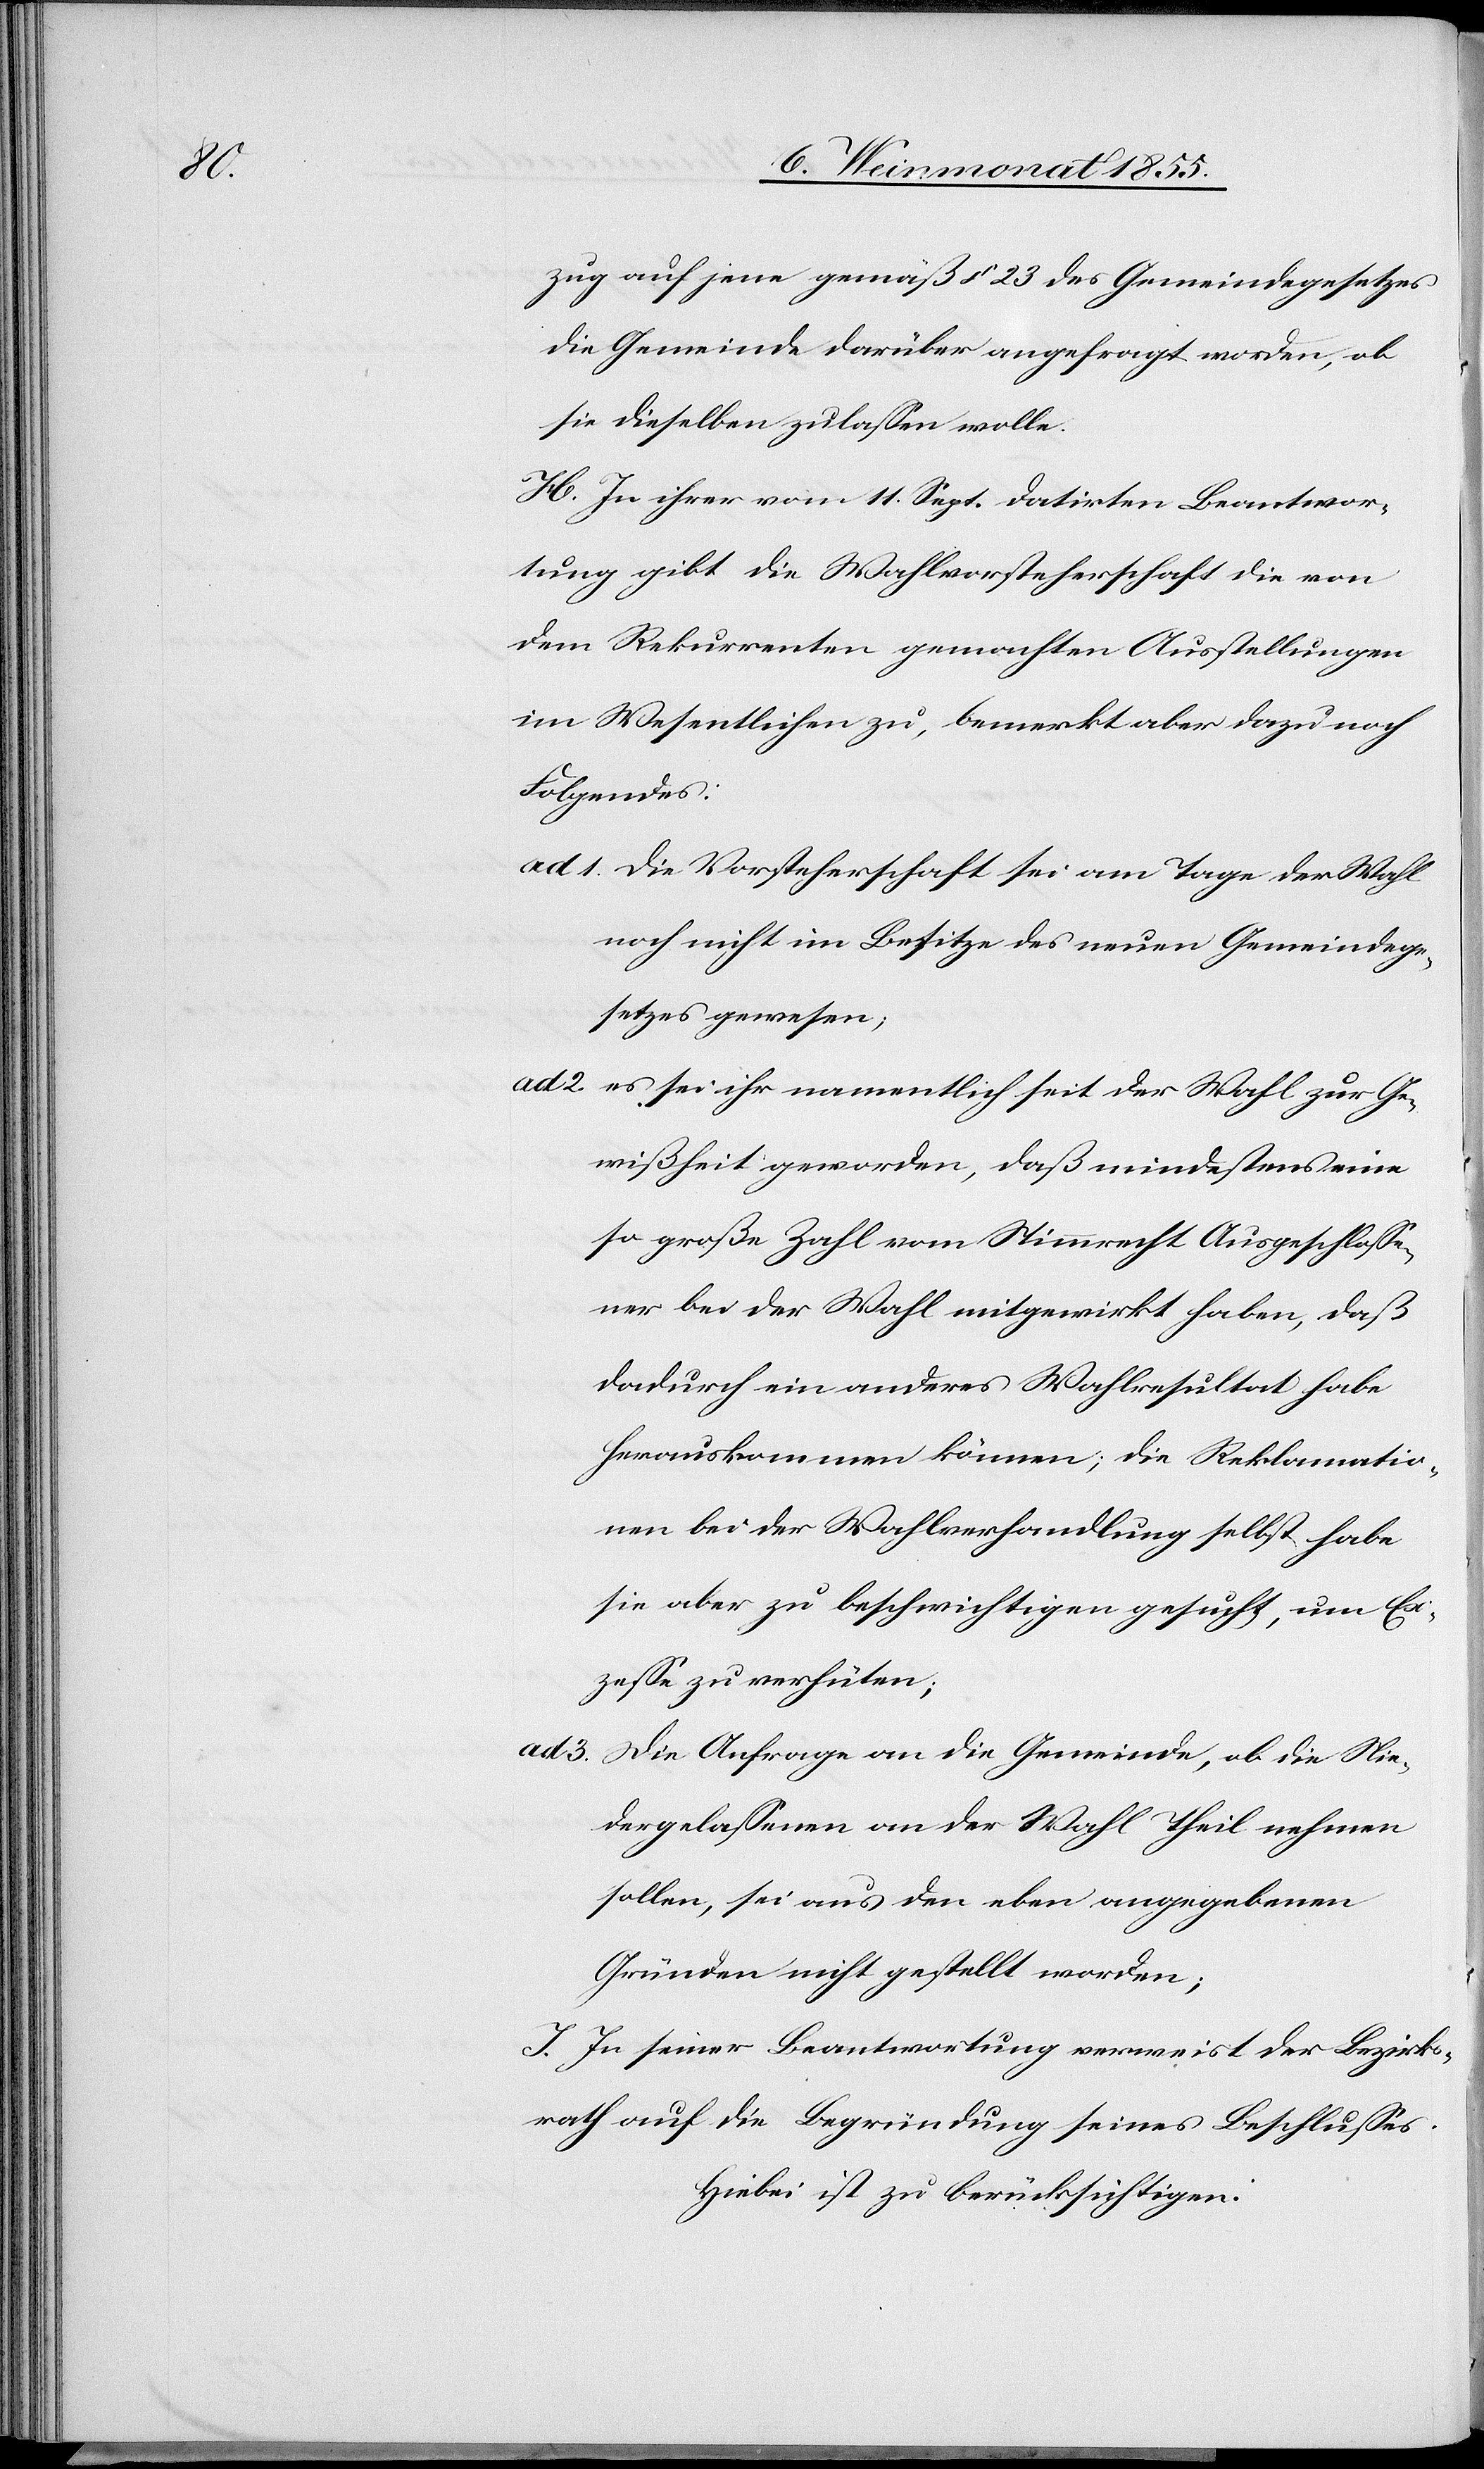
2.

zug auf jene gemäß § 23 des Gemeindegesetzes
die Gemeinde darüber angefragt worden, ob
sie dieselben zulassen wolle.
H. In ihrer vom 11. Sept. datirten Beantwor¬
tung gibt die Wahlvorsteherschaft die von
dem Rekurrenten gemachten Ausstellungen
im Wesentlichen zu, bemerkt aber dazu noch
Folgendes:
die Vorsteherschaft sei am Tage der Wahl
noch nicht im Besitze des neuen Gemeindege¬
setzes gewesen;
es sei ihr namentlich seit der Wahl zur Ge¬
wißheit geworden, daß mindestens eine
so große Zahl vom Stimmrecht Ausgeschlosse¬
ner bei der Wahl mitgewirkt haben, daß
dadurch ein anderes Wahlresultat habe
herauskommen können; die Reklamatio¬
nen bei der Wahlverhandlung selbst habe
sie aber zu beschwichtigen gesucht, um Ex¬
zesse zu verhüten;
ad 3.
Die Anfrage an die Gemeinde, ob die Nie¬
dergelassenen an der Wahl Theil nehmen
sollen, sei aus den eben angegebenen
Gründen nicht gestellt worden;
I. In seiner Beantwortung verweist der Bezirks¬
rath auf die Begründung seines Beschlusses.
Hiebei ist zu berücksichtigen: